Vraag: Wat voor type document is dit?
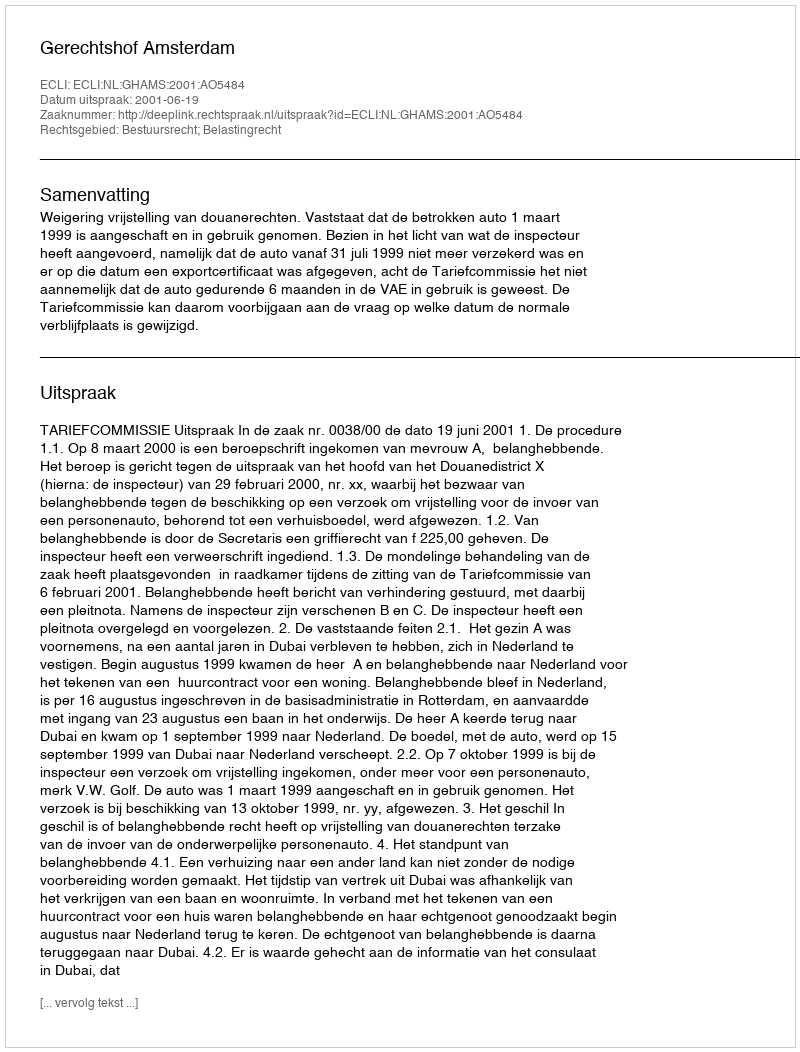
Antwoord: Uitspraak